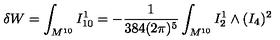
\delta W = \int _ { M ^ { 1 0 } } I _ { 1 0 } ^ { 1 } = - \frac { 1 } { 3 8 4 ( 2 \pi ) ^ { 5 } } \int _ { M ^ { 1 0 } } I _ { 2 } ^ { 1 } \wedge ( I _ { 4 } ) ^ { 2 }